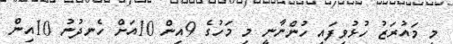
މި މައުރަޒު ހުޅުވިފައި ހުންނާނީ މި މަހުގެ 9އިން 10އަށް ހެނދުނު 10އިން